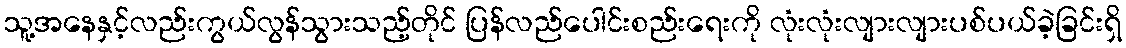
သူ့အနေနှင့်လည်းကွယ်လွန်သွားသည့်တိုင် ပြန်လည်ပေါင်းစည်းရေးကို လုံးလုံးလျားလျားပစ်ပယ်ခဲ့ခြင်းရှိ